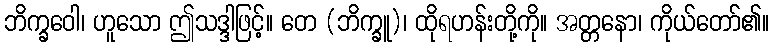
ဘိက္ခဝေါ၊ ဟူသော ဤသဒ္ဒါဖြင့်။ တေ (ဘိက္ခူ)၊ ထိုရဟန်းတို့ကို။ အတ္တနော၊ ကိုယ်တော်၏။